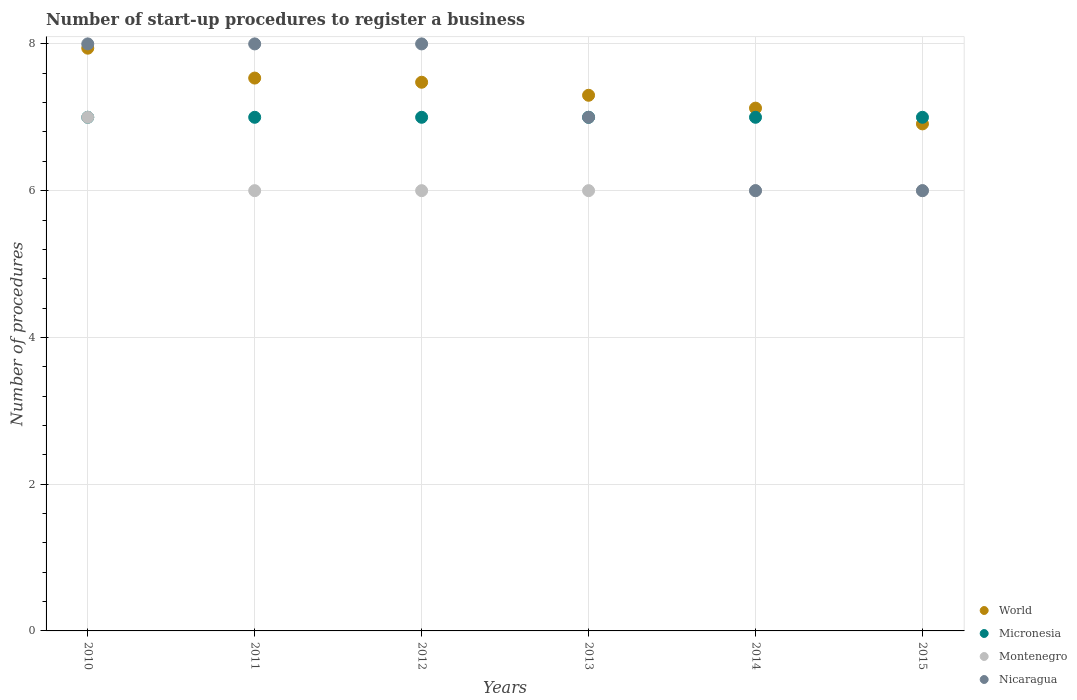
| Years | World | Micronesia | Montenegro | Nicaragua |
 | --- | --- | --- | --- | --- |
 | 2010 | 7.94 | 7 | 7 | 8 |
 | 2011 | 7.53 | 7 | 6 | 8 |
 | 2012 | 7.48 | 7 | 6 | 8 |
 | 2013 | 7.3 | 7 | 6 | 7 |
 | 2014 | 7.12 | 7 | 6 | 6 |
 | 2015 | 6.91 | 7 | 6 | 6 |